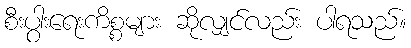
စီးပွါးရေးကိစ္စများ ဆိုလျှင်လည်း ပါရသည်။